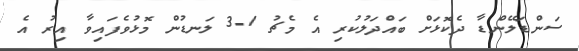
ސަންޑަލޭންޑާ ދެކޮޅަށް ބައްދަލުކުރި އެ މެޗު 1-3 ލަނޑުން މޮޅުވެފައިވާ އިރު އެ